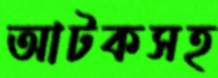
আটকসহ